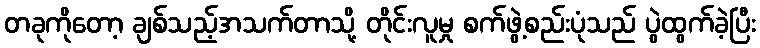
တခုကိုတော့ ချစ်သည့်အသက်တာသို့ တိုင်းလူမှု စက်ဖွဲ့စည်းပုံသည် ပွဲထွက်ခဲ့ပြီး